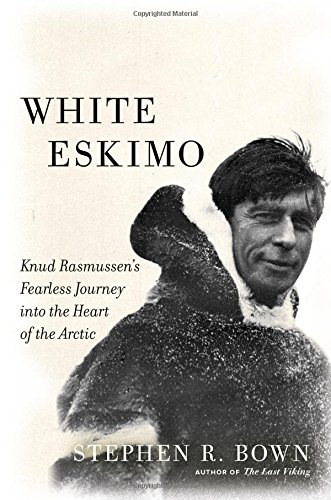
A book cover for White Eskimo: Knud Rasmussen's Fearless Journey into the Heart of the Arctic (A Merloyd Lawrence Book); Stephen R. Bown; History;